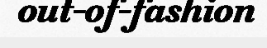
out-of-fashion